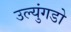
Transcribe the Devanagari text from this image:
उल्युंगडो